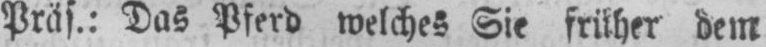
Präs.: Das Pferd welches Sie früher dem